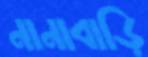
নানাবাড়ি